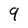
Character: 9